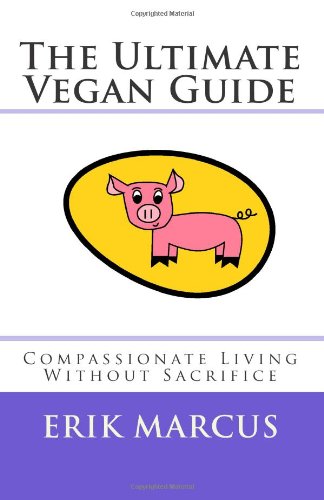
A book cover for The Ultimate Vegan Guide: Compassionate Living Without Sacrifice (Second Edition); Erik Marcus; Health, Fitness & Dieting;